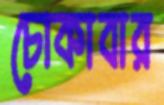
চোকাবার